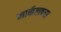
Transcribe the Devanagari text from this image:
मार्कलच्या